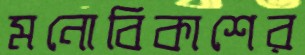
মনোবিকাশের